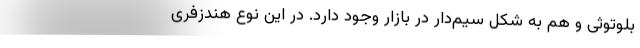
بلوتوثی و هم به شکل سیم‌دار در بازار وجود دارد. در این نوع هندزفری